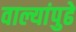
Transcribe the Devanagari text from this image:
वाल्यांपुढे